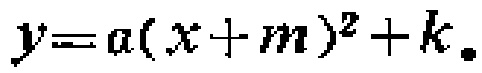
\(y = a(x + m)^2 + k\)